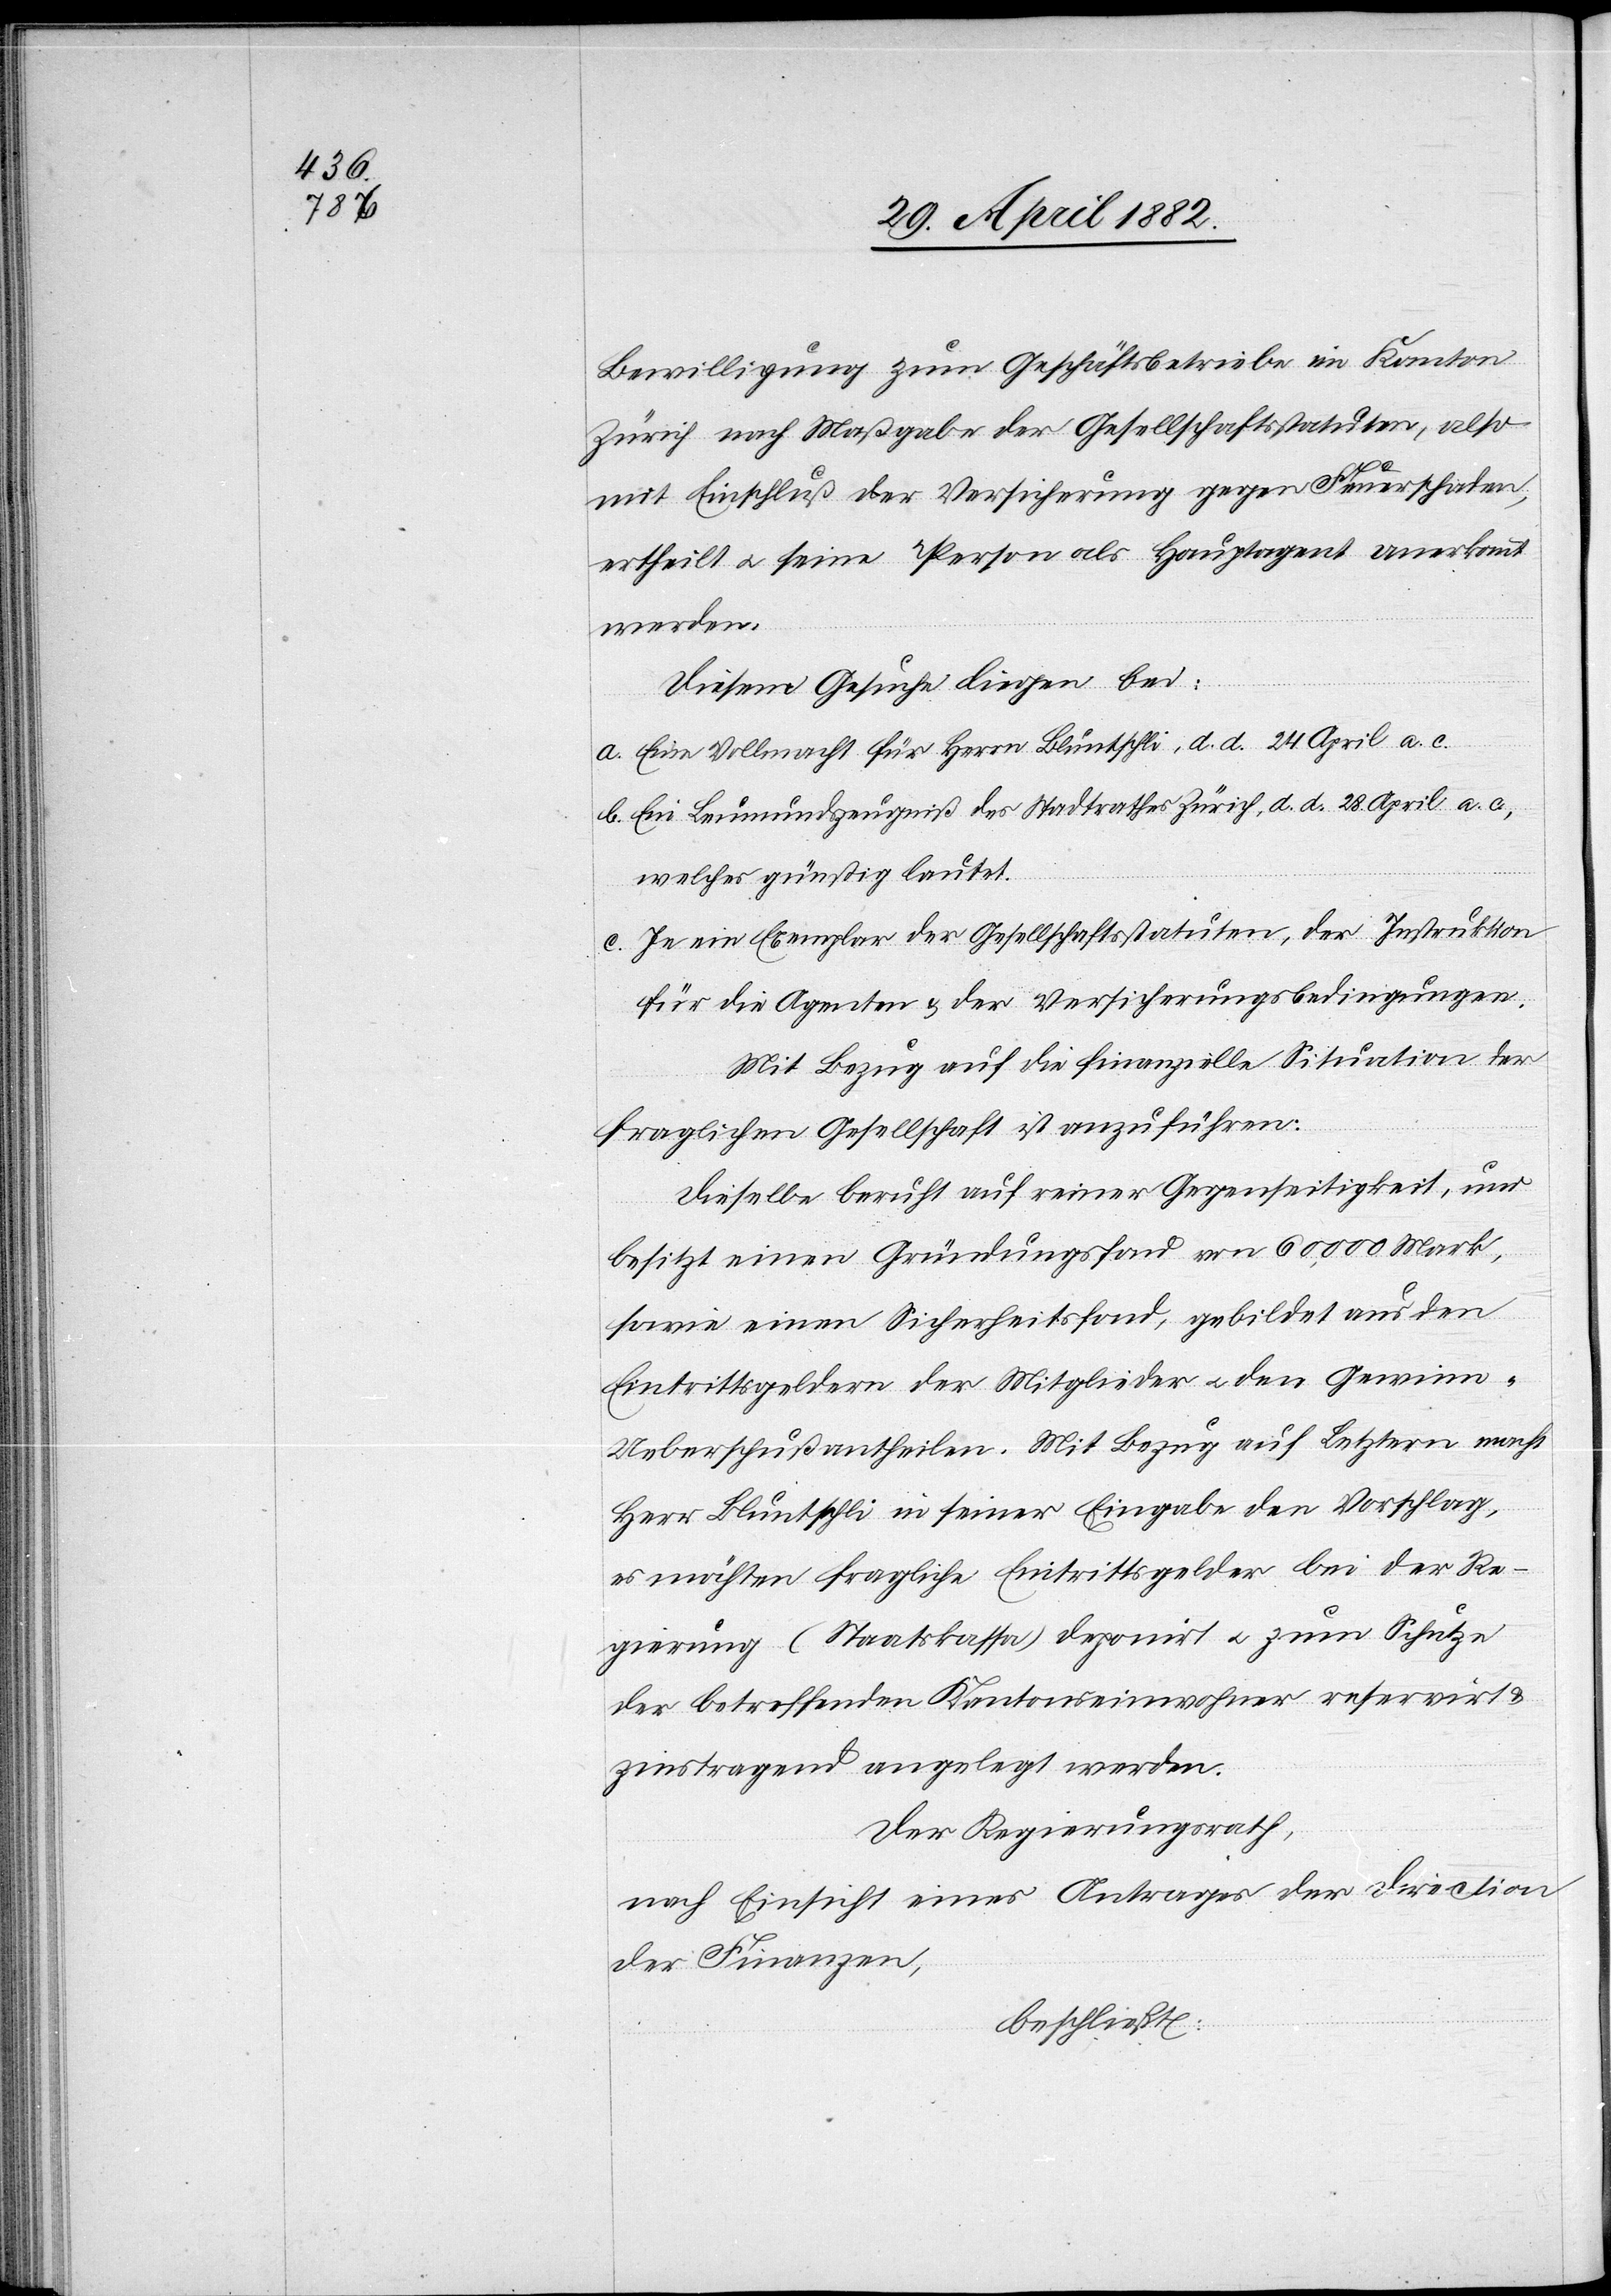
Bewilligung zum Geschäftsbetriebe im Kanton
Zürich nach Maßgabe der Gesellschaftsstatuten, also
mit Einschluß der Versicherung gegen Feuerschaden,
ertheilt u. seine Person als Hauptagent anerkannt
werden.
Diesem Gesuche liegen bei:
a. Eine Vollmacht für Herrn Bluntschli, d. d. 24. April a. c.
b. Ein Leumundszeugniß des Stadtrathes Zürich, d. d. 28. April a. c.,
welches günstig lautet.
c. Je ein Exemplar der Gesellschaftsstatuten, der Instruktion
für die Agenten & der Versicherungsbedingungen.
Mit Bezug auf die finanzielle Situation der
fraglichen Gesellschaft ist anzuführen:
Dieselbe beruht auf einer Gegenseitigkeit, und
besitzt einen Gründungsfond von 60,000 Mark,
sowie einen Sicherheitsfond, gebildet aus den
Eintrittsgeldern der Mitglieder u. den Gemein-U¬
eberschußantheilen. Mit Bezug auf Letztern macht
Herr Bluntschli in seiner Eingabe den Vorschlag,
es möchten fragliche Eintrittsgelder bei der Re¬
gierung (Staatskasse) deponirt u. zum Schutze
der betreffenden Kantonseinwohner reservirt
zinstragend angelegt werden.
Der Regierungsrath,
nach Einsicht eines Antrages der Direction
der Finanzen,
beschließt: